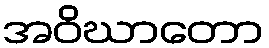
အဝိဃာတော